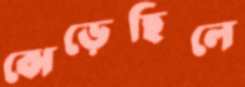
ঝেড়েছিলে